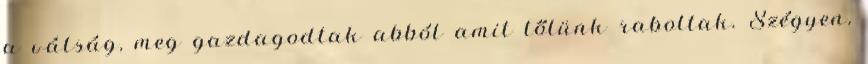
a válság, meg gazdagodtak abból amit tőlünk raboltak. Szégyen,